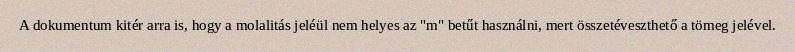
A dokumentum kitér arra is, hogy a molalitás jeléül nem helyes az "m" betűt használni, mert összetéveszthető a tömeg jelével.